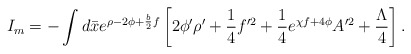
\begin{align*}I_m = - \int d \bar{x} e^{\rho - 2 \phi + \frac{b}{2} f}\left[ 2 \phi^{\prime} \rho^{\prime} + \frac{1}{4} f^{\prime 2}+ \frac{1}{4} e^{\chi f + 4 \phi} A^{\prime 2} + \frac{\Lambda}{4} \right] .\end{align*}